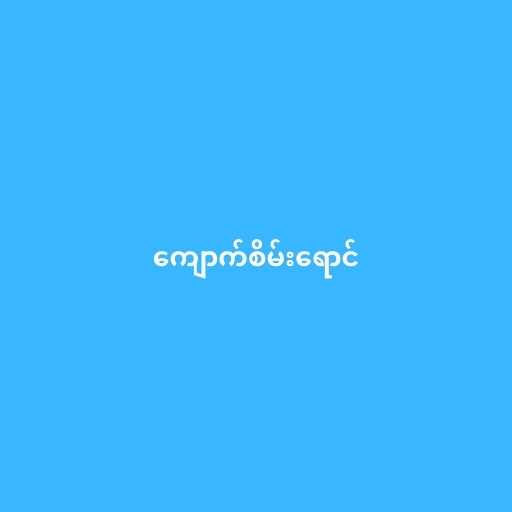
ကျောက်စိမ်းရောင်